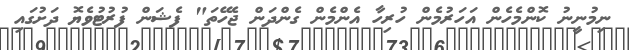
ނިމުނީނު ކޮންމެހެން އަހަރުމެން ހުރިހާ އެންމެން ގެންދަން ޖެހޭތަ" ފެޝަން ފުރުޓުވެޔޮ ދަށުގައި